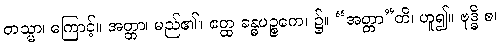
တသ္မာ၊ ကြောင့်။ အတ္တာ၊ မည်၏။ ဧတ္ထ ခန္ဓပဉ္စကေ၊ ၌။ “အတ္တာ”တိ၊ ဟူ၍။ ဗုဒ္ဓိ စ၊